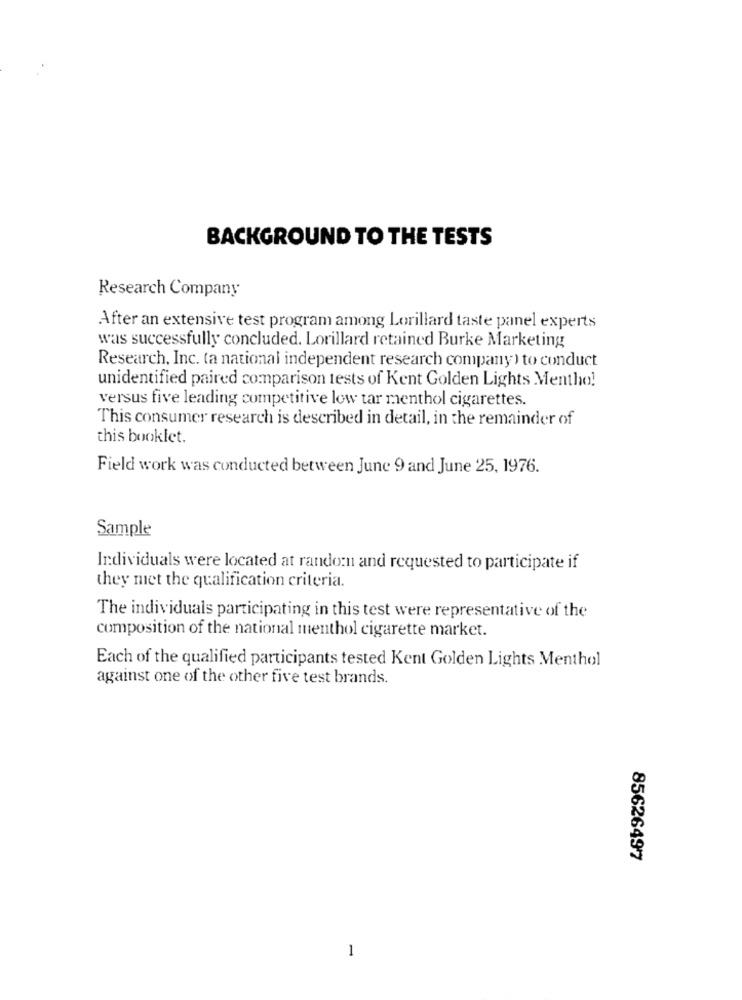
BACKGROUND TO THE TESTS
Research Company
After an extensive test program among Lorillard taste panel experts
was successfully concluded. Lorillard retained Burke Marketing
Research, Inc. ta national independent research company ) to conduct
unidentified paired comparison tests of Kent Golden Lights Mentho!
versus five leading competitive low tar menthol cigarettes.
This consumer research is described in detail, in the remainder of
this booklet.
Field work was conducted between June 9 and June 25, 1976.
Sample
Individuals were located at random and requested to participate if
they met the qualification criteria.
The individuals participating in this test were representative of the
composition of the national menthol cigarette market.
Each of the qualified participants tested Kent Golden Lights Menthol
against one of the other five test brands.
85626497
1